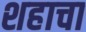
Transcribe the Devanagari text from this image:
शहाचा